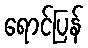
ရောင်ပြန်